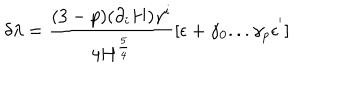
LaTeX: \delta \lambda = { \frac { ( 3 - p ) ( \partial _ { i } H ) \gamma ^ { i } } { 4 H ^ { \frac { 5 } { 4 } } } } [ \epsilon + \gamma _ { 0 } . . . \gamma _ { p } \epsilon ^ { ' } ]